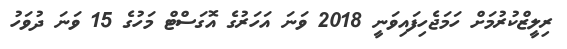
ރިލީޒްކުރުމަށް ހަމަޖެހިފައިވަނީ 2018 ވަނަ އަހަރުގެ އޮގަސްޓް މަހުގެ 15 ވަނަ ދުވަހު